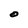
Character: O